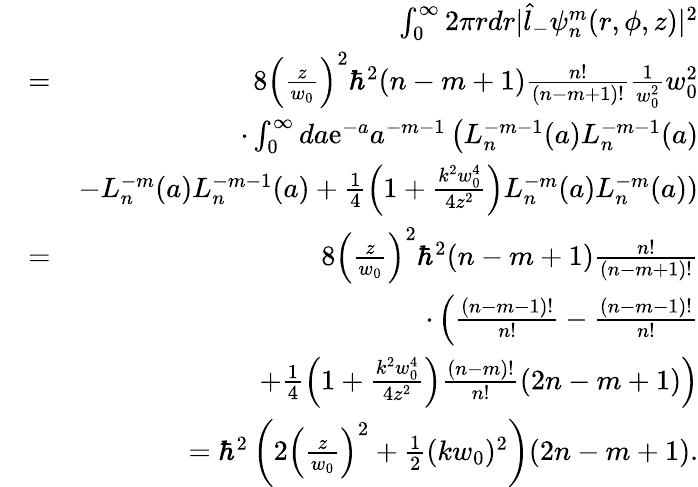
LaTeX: \begin{array}{rlr}&{}&{\int_{0}^{\infty}2\pi rdr|\hat{l}_{-}\psi_{n}^{m}(r,\phi,z)|^{2}}\\ &{=}&{8\left(\frac{z}{w_{0}}\right)^{2}\hbar^{2}(n-m+1)\frac{n!}{(n-m+1)!}\frac{1}{w_{0}^{2}}w_{0}^{2}}\\ &{}&{\cdot\int_{0}^{\infty}da\mathrm{e}^{-a}a^{-m-1}\left(L_{n}^{-m-1}(a)L_{n}^{-m-1}(a)\right.}\\ &{}&{-L_{n}^{-m}(a)L_{n}^{-m-1}(a)+\frac{1}{4}\left(1+\frac{k^{2}w_{0}^{4}}{4z^{2}}\right)L_{n}^{-m}(a)L_{n}^{-m}(a))}\\ &{=}&{8\left(\frac{z}{w_{0}}\right)^{2}\hbar^{2}(n-m+1)\frac{n!}{(n-m+1)!}}\\ &{}&{\cdot\left(\frac{(n-m-1)!}{n!}-\frac{(n-m-1)!}{n!}\right.}\\ &{}&{\left.+\frac{1}{4}\left(1+\frac{k^{2}w_{0}^{4}}{4z^{2}}\right)\frac{(n-m)!}{n!}(2n-m+1)\right)}\\ &{}&{=\hbar^{2}\left(2\left(\frac{z}{w_{0}}\right)^{2}+\frac{1}{2}(kw_{0})^{2}\right)(2n-m+1).}\end{array}